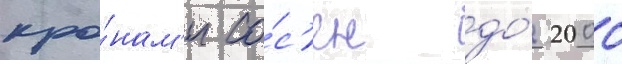
кро́нам'и со́с'ен до́ 2000